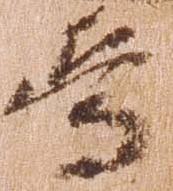
焉